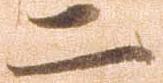
二